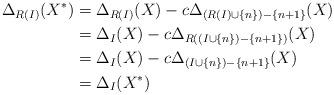
LaTeX: \begin{align*}\Delta_{R(I)}(X^*) &= \Delta_{R(I)}(X) - c \Delta_{(R(I) \cup \{n\}) - \{n+1\}}(X)\\&= \Delta_I(X) - c \Delta_{R((I \cup \{n\} )- \{n+1\})}(X)\\&= \Delta_I(X) - c \Delta_{(I \cup \{n\})-\{n+1\}}(X)\\& = \Delta_I(X^*)\end{align*}